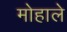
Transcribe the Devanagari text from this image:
मोहाले